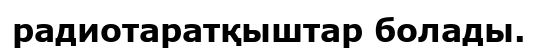
радиотаратқыштар болады.